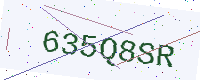
Text: 635Q8SR